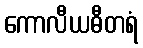
ကောလီယဓီတရံ